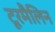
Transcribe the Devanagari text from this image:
टूरमैलिन